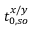
t _ { 0 , s o } ^ { x / y }